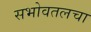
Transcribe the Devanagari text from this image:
सभोवतलचा